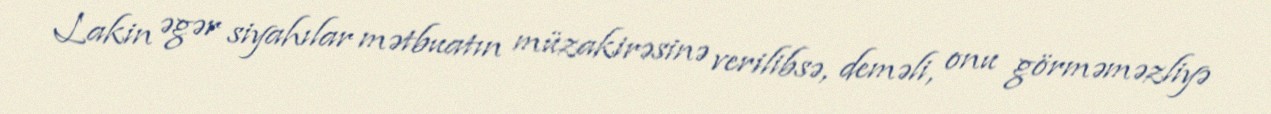
Lakin əgər siyahılar mətbuatın müzakirəsinə verilibsə, deməli, onu görməməzliyə